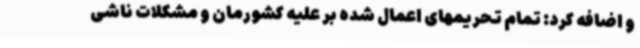
و اضافه کرد: تمام تحریمهای اعمال شده بر علیه کشورمان و مشکلات ناشی